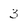
Character: 3